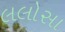
લલોસા